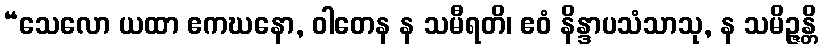
“သေလော ယထာ ဧကဃနော, ဝါတေန န သမီရတိ၊ ဧဝံ နိန္ဒာပသံသာသု, န သမိဉ္ဇန္တိ